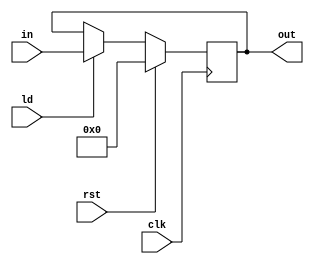
`timescale 1ps/1ps
module Register #(parameter size=32)(input clk,input rst,input ld,input [size-1:0]in,
output reg [size-1:0]out);

	always@(posedge clk)
	begin
		if(rst)
      out <= {size{1'b0}};
		else if(ld)
      out <= in;
	end
	
endmodule